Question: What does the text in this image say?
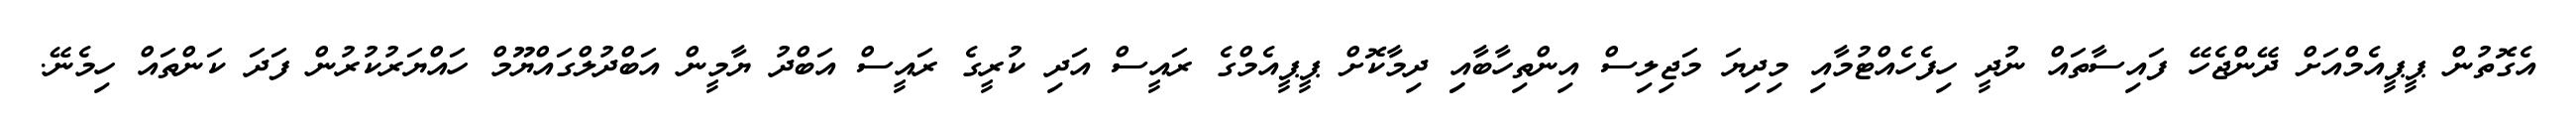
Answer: އެގޮތުން ޕީޕީއެމްއަށް ދޭންޖެހޭ ފައިސާތައް ނުދީ ހިފެހެއްޓުމާއި މިދިޔަ މަޖިލިސް އިންތިހާބާއިި ދިމާކޮށް ޕީޕީއެމްގެ ރައީސް އަދި ކުރީގެ ރައީސް އަބްދު ޔާމީން އަބްދުލްގައްޔޫމް ހައްޔަރުކުރުން ފަދަ ކަންތައް ހިމެނޭ.